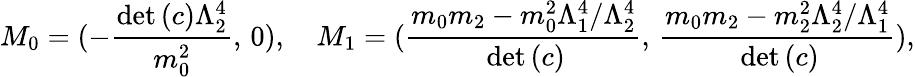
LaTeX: M_{0}=(-\frac{\mathrm{det}\, (c)\Lambda_{2}^{4}}{m_{0}^{2}},\, 0),\quad M_{1}=(\frac{m_{0}m_{2}-m_{0}^{2}\Lambda_{1}^{4}/\Lambda_{2}^{4}}{\, \mathrm{det}\, (c)},\, \frac{m_{0}m_{2}-m_{2}^{2}\Lambda_{2}^{4}/\Lambda_{1}^{4}}{\, \mathrm{det}\, (c)}),